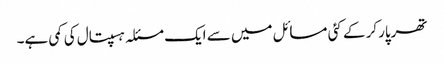
تھرپارکر کے کئی مسائل میں سے ایک مسئلہ ہسپتال کی کمی ہے۔